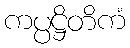
ကပ္ပဋ္ဌိတိကံ